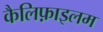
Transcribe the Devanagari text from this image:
कैलिफ़ाइलम